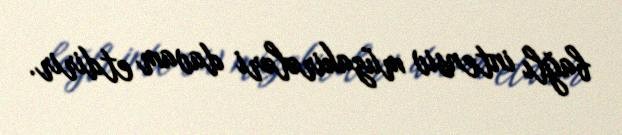
bağlı intensiv müzakirələri davam etdirir.